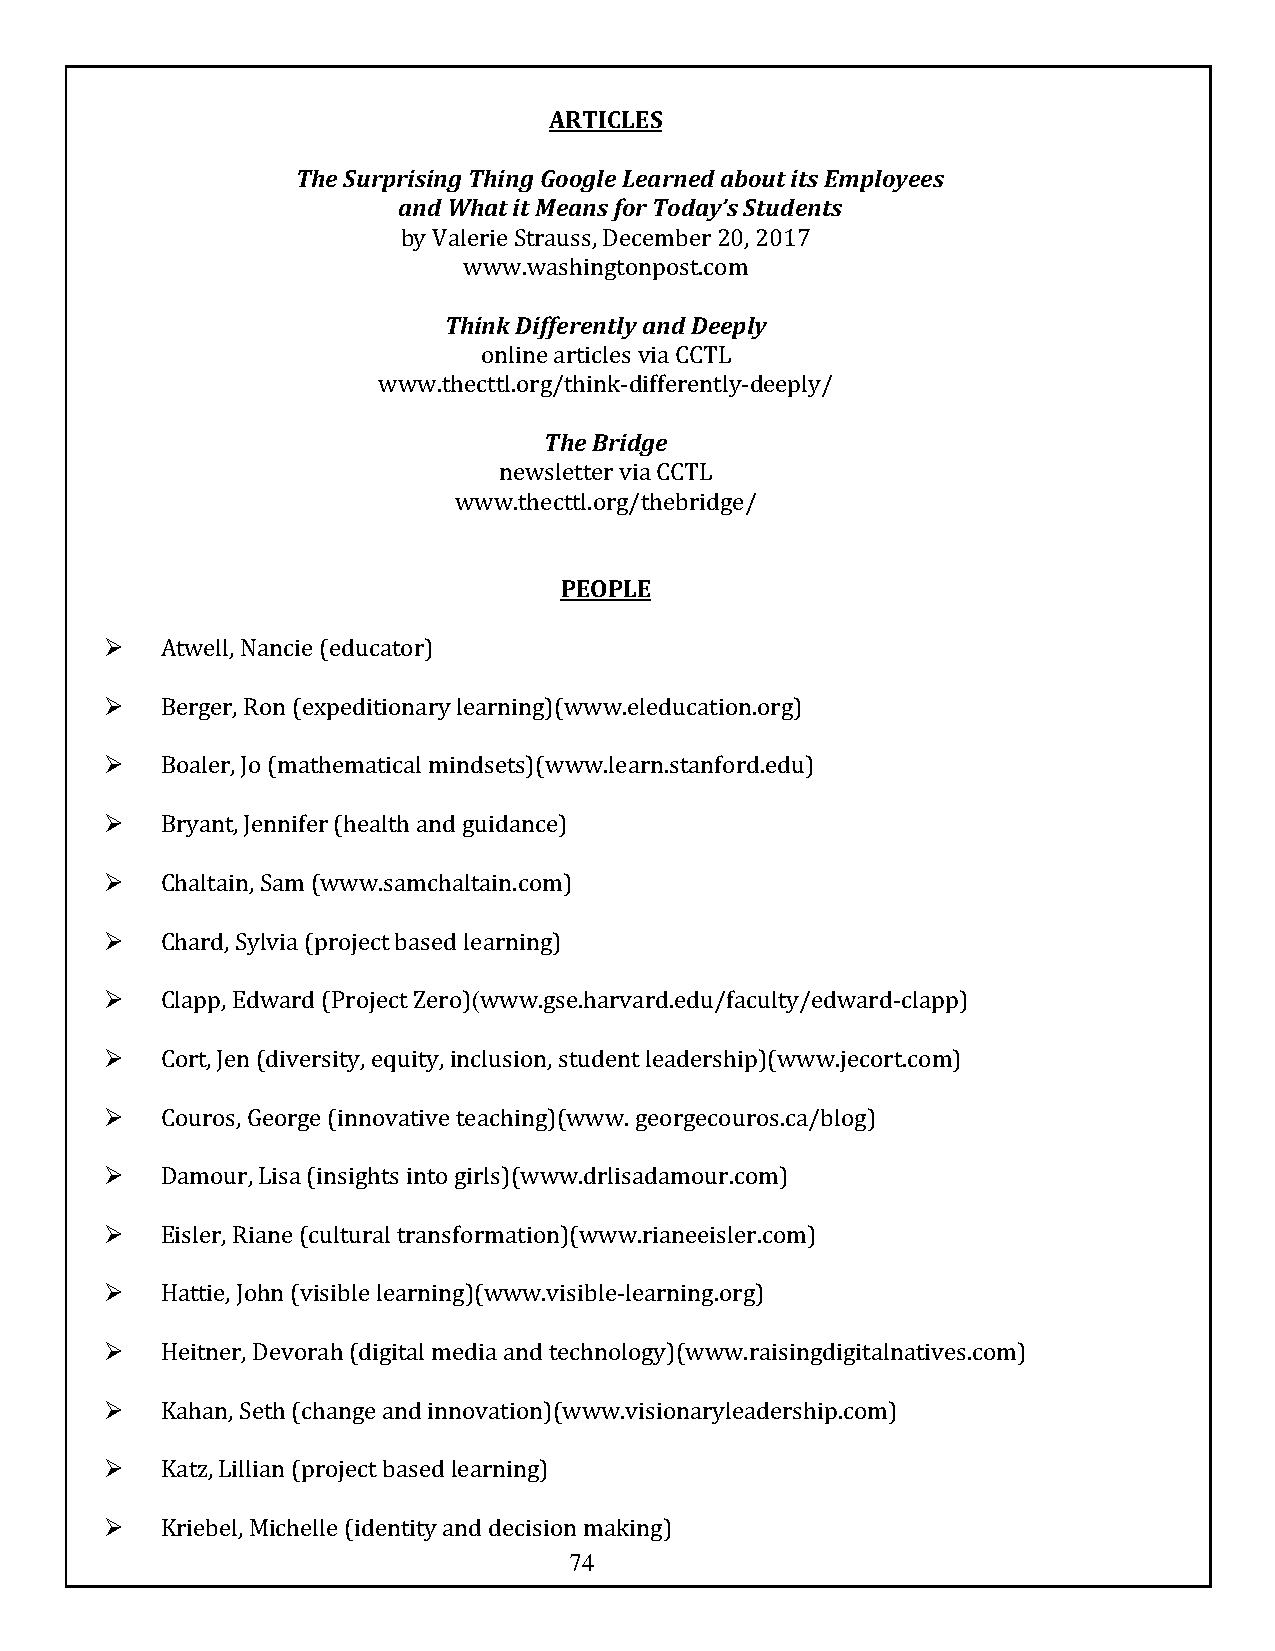
ARTICLES
 The Surprising Thing Google Learned about its Employees
 and What it Means for Today’s Students
 by Valerie Strauss, December 20, 2017
 www.washingtonpost.com
 Think Differently and Deeply
 online articles via CCTL
 www.thecttl.org/think-differently-deeply/
 The Bridge
 newsletter via CCTL
 www.thecttl.org/thebridge/
 PEOPLE
 Ø   Atwell, Nancie (educator)
 Ø   Berger, Ron (expeditionary learning)(www.eleducation.org)
 Ø   Boaler, Jo (mathematical mindsets)(www.learn.stanford.edu)
 Ø   Bryant, Jennifer (health and guidance)
 Ø   Chaltain, Sam (www.samchaltain.com)
 Ø   Chard, Sylvia (project based learning)
 Ø   Clapp, Edward (Project Zero)(www.gse.harvard.edu/faculty/edward-clapp)
 Ø   Cort, Jen (diversity, equity, inclusion, student leadership)(www.jecort.com)
 Ø   Couros, George (innovative teaching)(www. georgecouros.ca/blog)
 Ø   Damour, Lisa (insights into girls)(www.drlisadamour.com)
 Ø   Eisler, Riane (cultural transformation)(www.rianeeisler.com)
 Ø   Hattie, John (visible learning)(www.visible-learning.org)
 Ø   Heitner, Devorah (digital media and technology)(www.raisingdigitalnatives.com)
 Ø   Kahan, Seth (change and innovation)(www.visionaryleadership.com)
 Ø   Katz, Lillian (project based learning)
 Ø   Kriebel, Michelle (identity and decision making)
 74